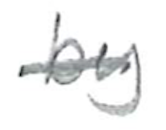
Text: by
Cross-out: single-line
Writing tool: pencil